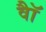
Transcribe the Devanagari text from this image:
वॉै